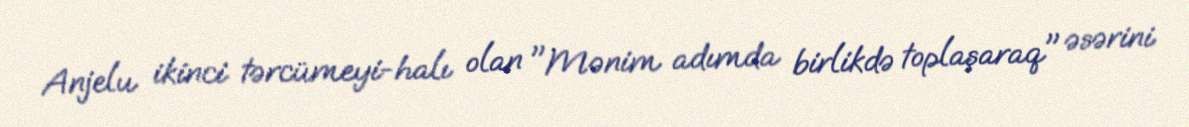
Anjelu ikinci tərcümeyi-halı olan "Mənim adımda birlikdə toplaşaraq" əsərini